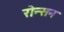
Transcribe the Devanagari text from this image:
रोन्सन